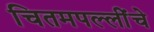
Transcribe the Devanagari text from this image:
चितमपल्लींचे